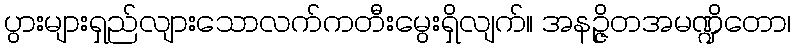
ပွားများရှည်လျားသောလက်ကတီးမွေးရှိလျက်။ အနဉ္ဇိတအမဏ္ဍိတော၊